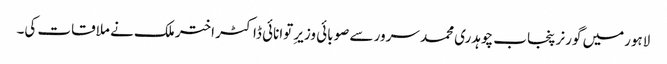
لاہورمیں گورنر پنجاب چوہدری محمد سرور سے صوبائی وزیرِ توانائی ڈاکٹر اختر ملک نے ملاقات کی۔